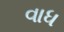
વાધ